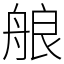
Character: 艆